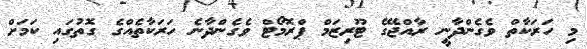
މި ހަރަކާތް ވެގެންދާނީ ރާއްޖޭގެ ޓޫރިޒަމް ޕްރޮމޯޓް ވެގެންދާނެ ހަރަކާތެއްގެ ގޮތުގައި ކަމަށް